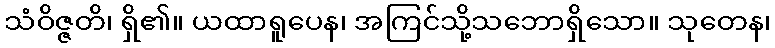
သံဝိဇ္ဇတိ၊ ရှိ၏။ ယထာရူပေန၊ အကြင်သို့သဘောရှိသော။ သုတေန၊